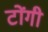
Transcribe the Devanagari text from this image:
टोंगी